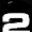
Digit: 2